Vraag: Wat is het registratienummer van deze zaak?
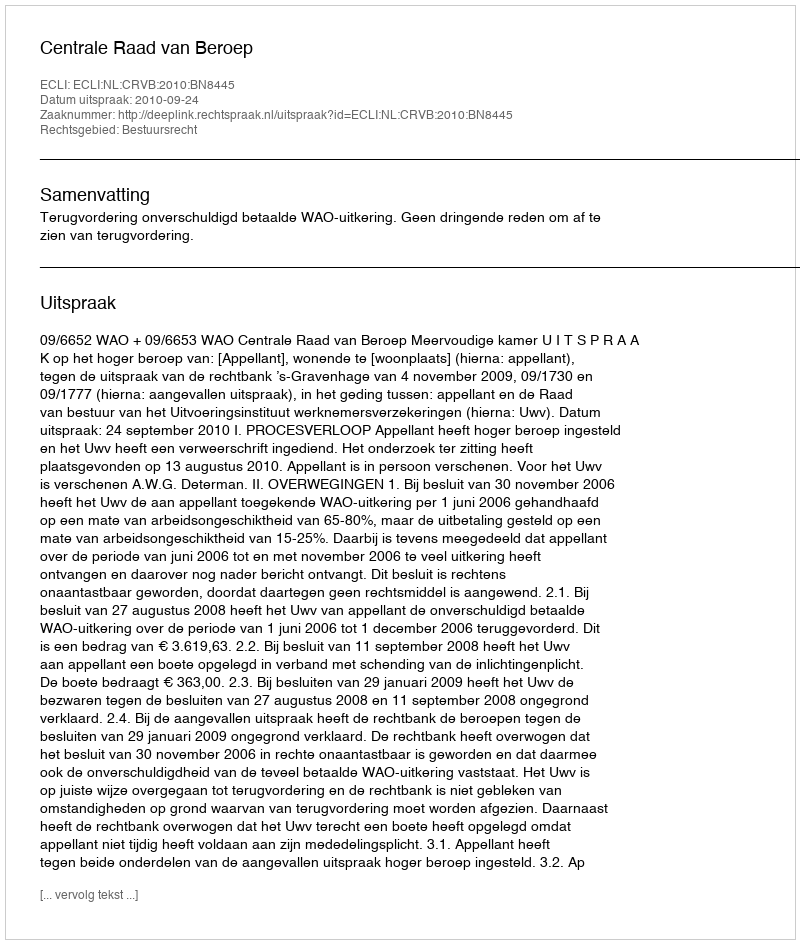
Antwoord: http://deeplink.rechtspraak.nl/uitspraak?id=ECLI:NL:CRVB:2010:BN8445